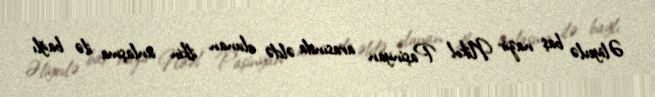
Əliyevlə baş nazir Nikol Paşinyan arasında əldə olunan ilkin anlaşma ilə bağlı